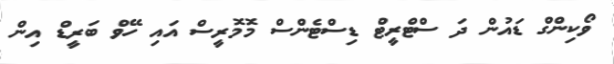
ވޯކިންގް ޑައުން ދަ ސްޓްރީޓް ޑިސްޓެންސް މޮމޮރީސް އައި ހޭވް ބަރީޑް އިން